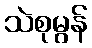
သဲစုမွန်